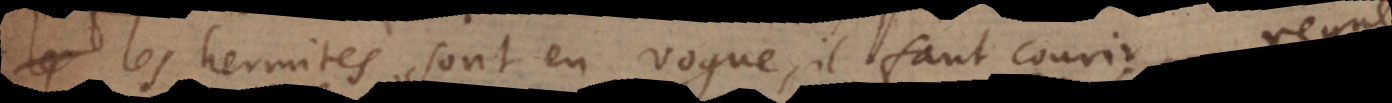
les hermites sont en vogue, il faut courir